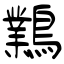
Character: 鸈